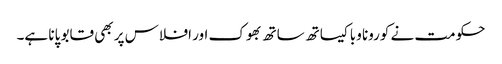
حکومت نے کورونا وبا کیساتھ ساتھ بھوک اور افلاس پر بھی قابو پانا ہے۔